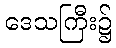
ဒေသကြီး၌